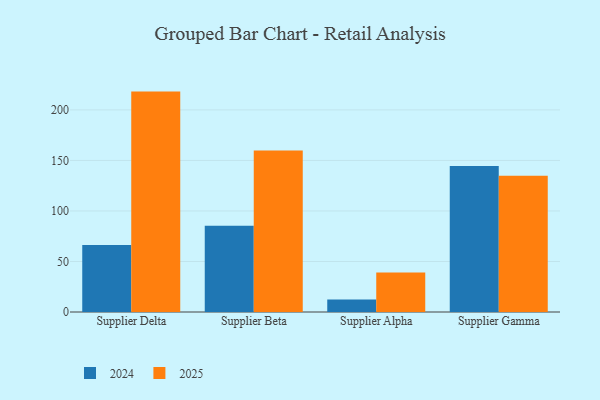
{"axis": {"x": "Supplier", "y": "Inventory Turnover"}, "legend": ["2024", "2025"], "data": [{"x": "Supplier Delta", "y": 66.3, "type": "2024"}, {"x": "Supplier Delta", "y": 218.1, "type": "2025"}, {"x": "Supplier Beta", "y": 85.4, "type": "2024"}, {"x": "Supplier Beta", "y": 159.7, "type": "2025"}, {"x": "Supplier Alpha", "y": 12.4, "type": "2024"}, {"x": "Supplier Alpha", "y": 39.2, "type": "2025"}, {"x": "Supplier Gamma", "y": 144.6, "type": "2024"}, {"x": "Supplier Gamma", "y": 134.9, "type": "2025"}]}